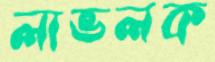
লাভলক